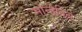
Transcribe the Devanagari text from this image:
मोन्डेविले